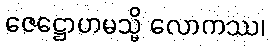
ဇေဋ္ဌောဟမသ္မိ လောကဿ၊